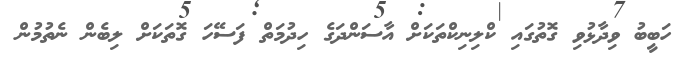
ހަބީބު ވިދާޅުވި ގޮތުގައި ކްލިނިކްތަކަށް އާސަންދަގެ ހިދުމަތް ފަސޭހަ ގޮތަކަށް ލިބެން ނެތުމުން